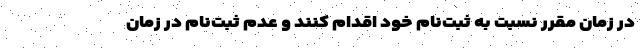
در زمان مقرر نسبت به ثبت‌نام خود اقدام کنند و عدم ثبت‌نام در زمان